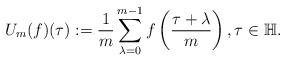
LaTeX: \begin{align*}U_m(f)(\tau):=\frac{1}{m}\sum_{\lambda=0}^{m-1} f\left(\frac{\tau+\lambda}{m} \right), \tau \in \mathbb{H}.\end{align*}